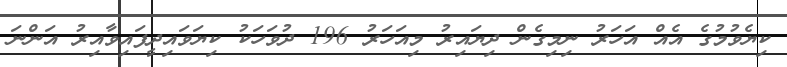
ކިޔެވުމުގެ އެއް އަހަރު ނިމިގެން ދިޔައިރު މިއަހަރު 196 ދުވަހަކު ކިޔަވައިދީފައިވާއިރު އަންނަ